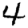
Digit: 4